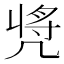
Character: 𠙝